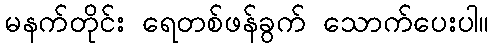
မနက်တိုင်း ရေတစ်ဖန်ခွက် သောက်ပေးပါ။